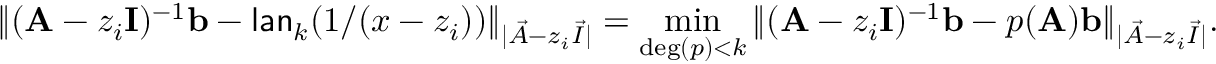
\| ( \mathbf { A } - z _ { i } \mathbf { I } ) ^ { - 1 } \mathbf { b } - \mathsf { l a n } _ { k } ( 1 / ( x - z _ { i } ) ) \| _ { | \vec { A } - z _ { i } \vec { I } | } = \operatorname* { m i n } _ { \deg ( p ) < k } \| ( \mathbf { A } - z _ { i } \mathbf { I } ) ^ { - 1 } \mathbf { b } - p ( \mathbf { A } ) \mathbf { b } \| _ { | \vec { A } - z _ { i } \vec { I } | } .